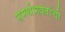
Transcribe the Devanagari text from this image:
समर्थभक्तांची